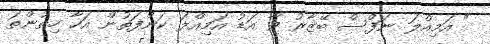
" އަމިއްލަ ނަފްސް ބޭޒާރު ވާ އަޑު އަމިއްލަ ކަންފަތުން އަހާ ހިތުންތަ